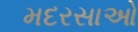
મદરસાઓ